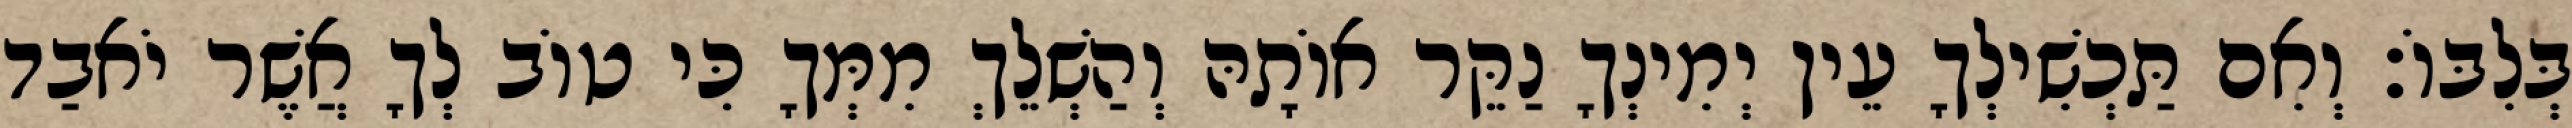
בְּלִבּוֹ׃ וְאִם תַּכְשִׁילְךָ עֵין יְמִינְךָ נַקֵּר אוֹתָהּ וְהַשְׁלֵךְ מִמְּךָ כִּי טוֹב לְךָ אֲשֶׁר יֹאבַד